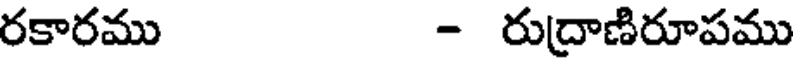
రకారము - రుద్రాణిరూపము